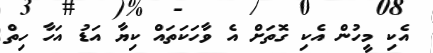
އެކި މީހުން އެކި ގޮތަށް އެ ވާހަކަތައް ކިޔާ އަޑު އަހާ ހިތް